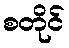
စတိုင်